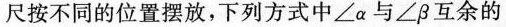
尺按不同的位置摆放，下列方式中∠α与∠β互余的